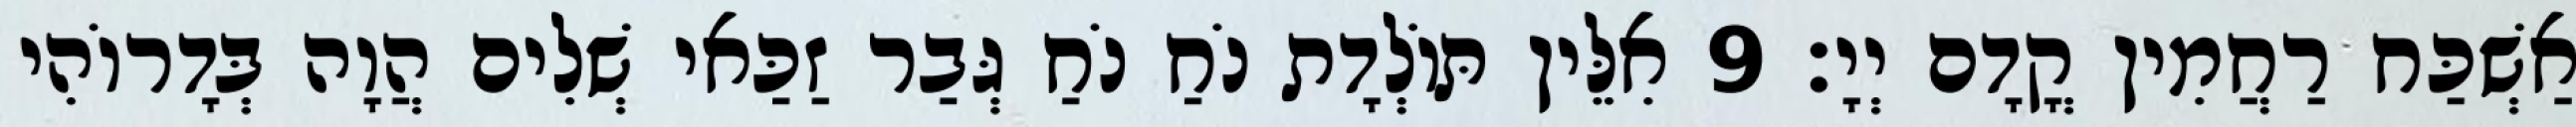
אַשְׁכַּח רַחֲמִין קֳדָם יְיָ׃ 9 אִלֵּין תּוֹלְדָת נֹחַ נֹחַ גְּבַר זַכַּאי שְׁלִים הֲוָה בְּדָרוֹהִי